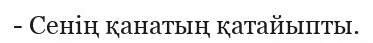
- Сенің қанатың қатайыпты.